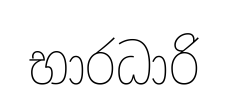
භාරධාරි